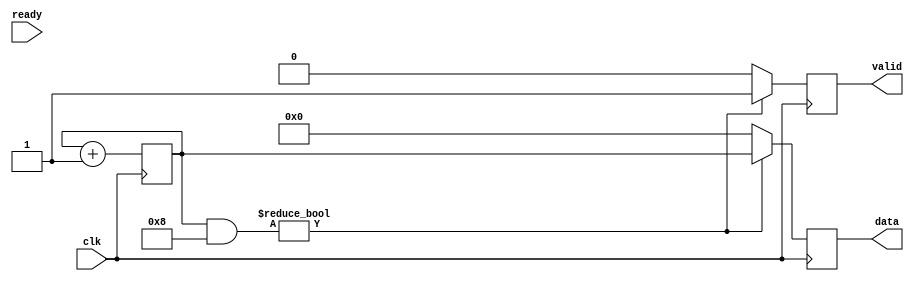
`timescale 10ns / 100ps
//////////////////////////////////////////////////////////////////////////////////
// Company: 
// Engineer: 
// 
// Design Name: 
// Module Name: tx
// Project Name: 
// Target Devices: 
// Tool Versions: 
// Description: 
// 
// Dependencies: 
// 
// Revision:
// Revision 0.01 - File Created
// Additional Comments:
// 
//////////////////////////////////////////////////////////////////////////////////

module tx(
    input clk,
    output [31:0]data,
    output reg valid,
    input  ready
    );
    
reg [31:0]datareg;
reg [31:0]datagen;
assign data = datareg;

initial 
begin 
     datareg = 32'd0;
     datagen = 32'd0;
end

always@(posedge clk)
begin
    datagen <= datagen + 1;
end

always@(posedge clk)
begin
    // datavalid 
    if(datagen & 32'd8)
       begin 
            valid <= 1'd1;
            datareg <= datagen;
       end
    else
       begin
            valid <= 1'd0;
            datareg <= 32'd0;
       end
end


//always@(posedge clk)
//begin
//    // datavalid 
//    if(valid)
//       begin 
//            valid <= 1'd1;
//            datareg <= datagen;
//       end
//    else
//       begin
//            valid <= 1'd0;
//            datareg <= 32'd0;
//       end
//end

endmodule